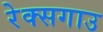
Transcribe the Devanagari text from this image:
रेक्सगाउ